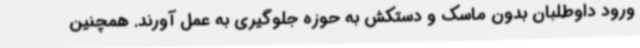
ورود داوطلبان بدون ماسک و دستکش به حوزه جلوگیری به عمل آورند. همچنین